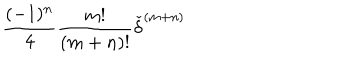
\frac { ( - 1 ) ^ { n } } { 4 } \frac { m ! } { ( m + n ) ! } { \check { \delta } } ^ { ( m + n ) }